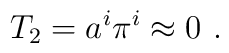
T_2 = a^i\pi^i \approx 0 \,\,.